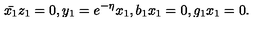
\bar { x _ { 1 } } z _ { 1 } = 0 , y _ { 1 } = e ^ { - \eta } x _ { 1 } , b _ { 1 } x _ { 1 } = 0 , g _ { 1 } x _ { 1 } = 0 .